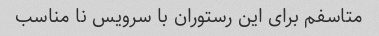
متاسفم برای این رستوران با سرویس نا مناسب